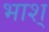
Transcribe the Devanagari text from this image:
भाश्